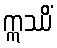
ဣဿိံ